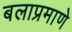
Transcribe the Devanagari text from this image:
बलाप्रमाणे